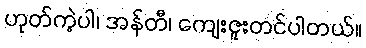
ဟုတ်ကဲ့ပါ၊ အန်တီ၊ ကျေးဇူးတင်ပါတယ်။